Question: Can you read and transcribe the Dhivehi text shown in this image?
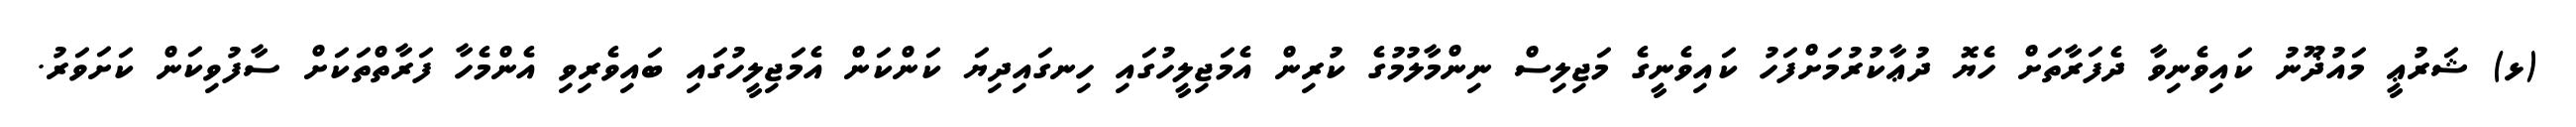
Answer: (ޅ) ޝަރުޢީ މައުޛޫނު ކައިވެނިވާ ދެފަރާތަށް ހެޔޮ ދުޢާކުރުމަށްފަހު ކައިވެނީގެ މަޖިލިސް ނިންމާލުމުގެ ކުރިން އެމަޖިލީހުގައި ހިނގައިދިޔަ ކަންކަން އެމަޖިލީހުގައި ބައިވެރިވި އެންމެހާ ފަރާތްތަކަށް ސާފުވިކަން ކަށަވަރު.